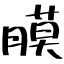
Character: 膜